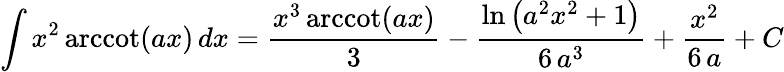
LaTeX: \int x^{2}\operatorname{arccot}(ax)\, dx={\frac{x^{3}\operatorname{arccot}(ax)}{3}}-{\frac{\ln\left(a^{2}x^{2}+1\right)}{6\, a^{3}}}+{\frac{x^{2}}{6\, a}}+C